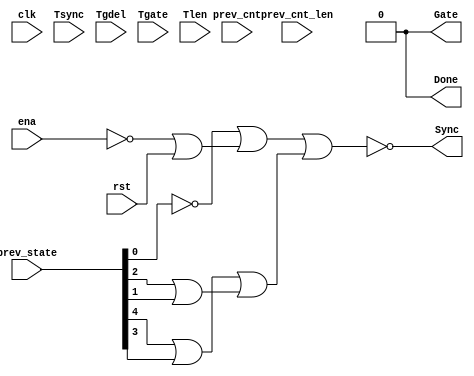

// Generated by Cadence Genus(TM) Synthesis Solution 19.20-d227_1
// Generated on: Jun 16 2021 18:29:26 PDT (Jun 17 2021 01:29:26 UTC)

// Verification Directory fv/top 

module top(clk, ena, rst, Tsync, Tgdel, Tgate, Tlen, Sync, Gate, Done,
     prev_state, prev_cnt, prev_cnt_len);
  input clk, ena, rst;
  input [7:0] Tsync, Tgdel;
  input [15:0] Tgate, Tlen, prev_cnt, prev_cnt_len;
  input [4:0] prev_state;
  output Sync, Gate, Done;
  wire clk, ena, rst;
  wire [7:0] Tsync, Tgdel;
  wire [15:0] Tgate, Tlen, prev_cnt, prev_cnt_len;
  wire [4:0] prev_state;
  wire Sync, Gate, Done;
  wire n_78, n_79, n_80, n_81, n_82;
  assign Done = 1'b0;
  assign Gate = 1'b0;
  or g72 (n_81, wc, n_78);
  not gc (wc, prev_state[0]);
  or g73 (n_82, n_79, n_80);
  or g74 (n_80, prev_state[2], prev_state[1]);
  or g75 (n_79, prev_state[4], prev_state[3]);
  or g76 (n_78, wc0, rst);
  not gc0 (wc0, ena);
  nor g77 (Sync, n_81, n_82);
endmodule